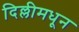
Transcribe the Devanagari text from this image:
दिल्लीमधून